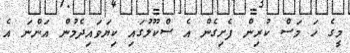
މީގެ ހަ މަސް ކުރިން ފެށިގެން އެ ސްކޫލުގައި ކިޔަވައިދެމުން އަންނަ އެ